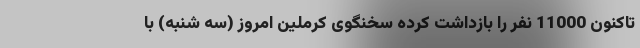
تاکنون 11000 نفر را بازداشت کرده سخنگوی کرملین امروز (سه شنبه) با